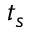
t _ { s }